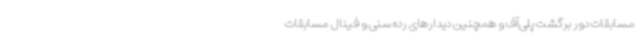
مسابقات دور برگشت پلی‌آف و همچنین دیدارهای رده سنی و فینال مسابقات